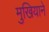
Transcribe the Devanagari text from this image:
मुखियाने